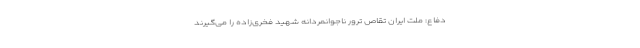
دفاع: ملت ایران تقاص ترور ناجوانمردانه شهید فخری‌زاده را می‌گیرند